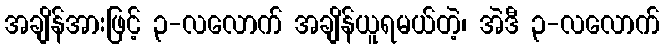
အချိန်အားဖြင့် ၃-လလောက် အချိန်ယူရမယ်တဲ့၊ အဲဒီ ၃-လလောက်